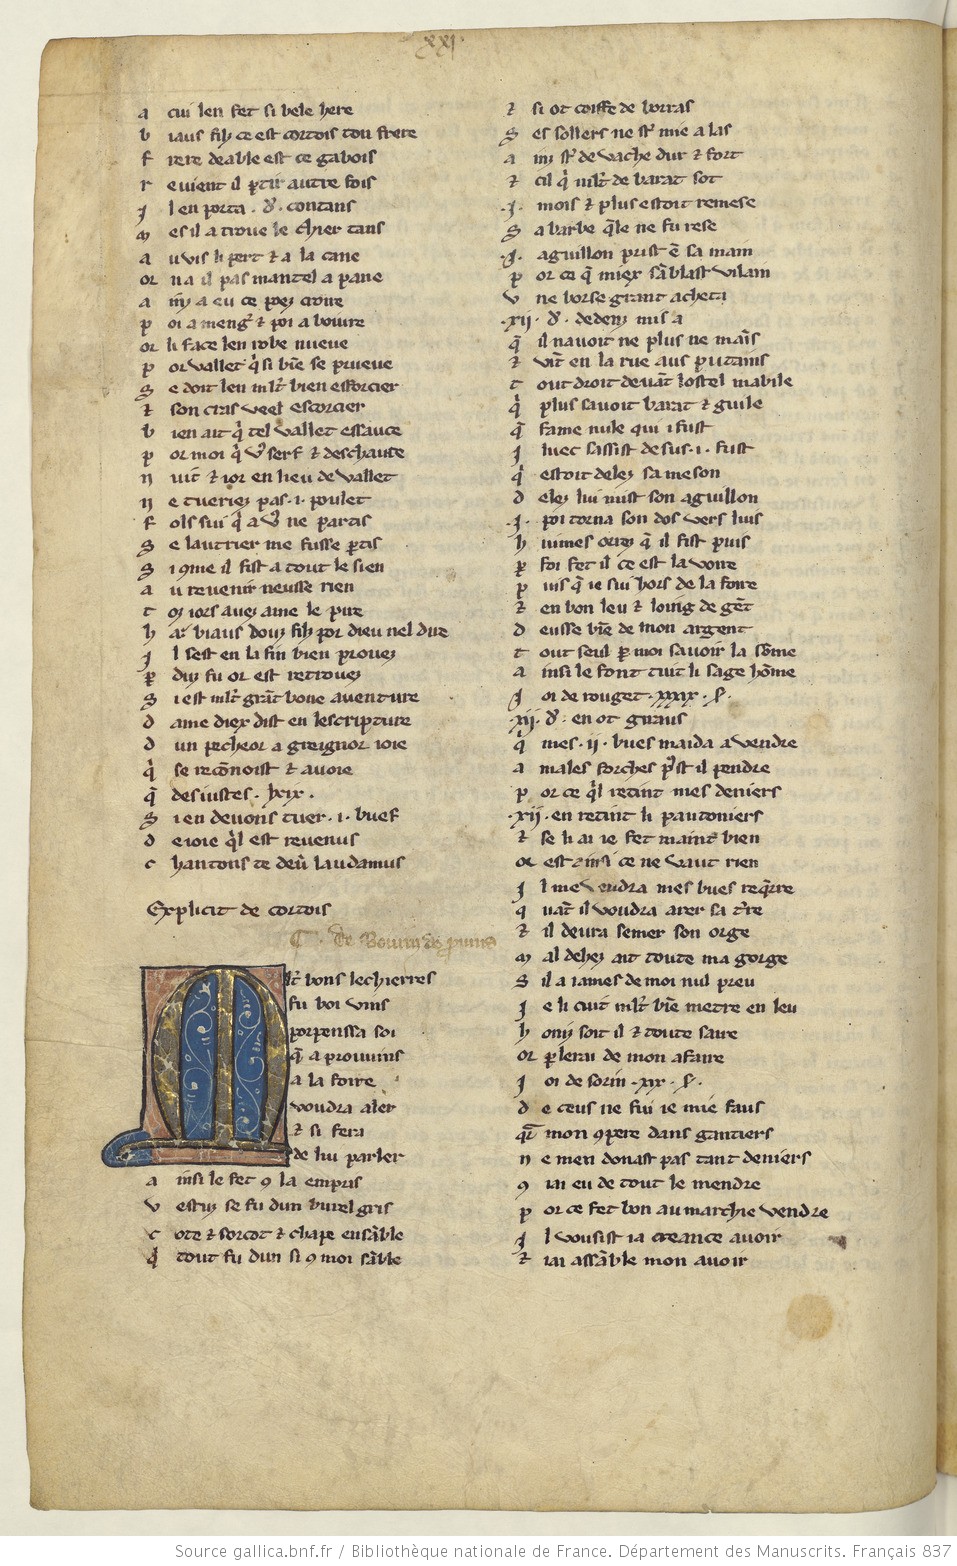
Shelfmark: Paris, BnF, fr. 837
Century: 13